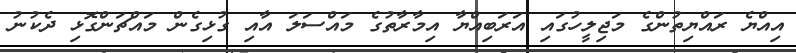
އިއްޔެ ރައްޔިތުންގެ މަޖިލީހުގައި އަރަބިއްޔާ އިމާރާތުގެ މައްސަލަ އާއި ގުޅިގެންް މައްޗަންގޮޅި ދެކުނު